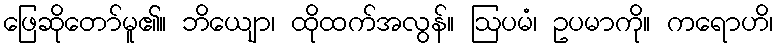
ဖြေဆိုတော်မူ၏။ ဘိယျော၊ ထိုထက်အလွန်။ ဩပမံ၊ ဥပမာကို။ ကရောဟိ၊